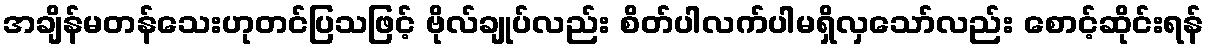
အချိန်မတန်သေးဟုတင်ပြသဖြင့် ဗိုလ်ချုပ်လည်း စိတ်ပါလက်ပါမရှိလှသော်လည်း စောင့်ဆိုင်းရန်